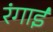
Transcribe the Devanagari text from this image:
रंगाईं